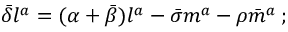
{ \bar { \delta } } l ^ { a } = ( \alpha + { \bar { \beta } } ) l ^ { a } - { \bar { \sigma } } m ^ { a } - \rho { \bar { m } } ^ { a } \, ;